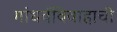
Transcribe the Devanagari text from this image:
गांधर्वविवाहाची